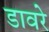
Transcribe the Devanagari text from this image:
डावरे